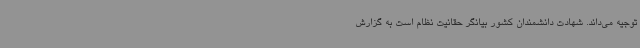
توجیه می‌داند. شهادت دانشمندان کشور بیانگر حقانیت نظام است به گزارش